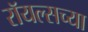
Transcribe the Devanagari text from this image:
रॉयल्सच्या